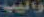
واليب